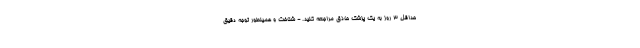
حداقل 3 روز به یک پزشک حاذق مراجعه کنید. - شناخت و همینطور توجه دقیق